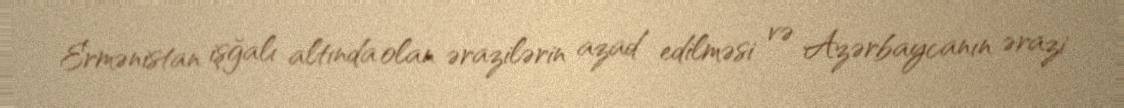
Ermənistan işğalı altında olan ərazilərin azad edilməsi və Azərbaycanın ərazi